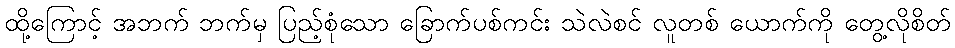
ထို့ကြောင့် အဘက် ဘက်မှ ပြည့်စုံသော ခြောက်ပစ်ကင်း သဲလဲစင် လူတစ် ယောက်ကို တွေ့လိုစိတ်